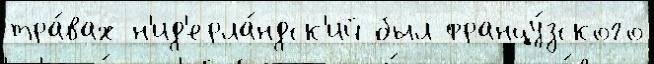
тра́вах н'ид'ерла́ндск'ий был францу́зского